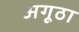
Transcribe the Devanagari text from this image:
अगूठा